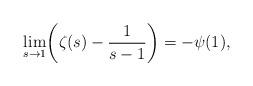
LaTeX: \begin{align*}\lim_{s\rightarrow 1}\biggl(\zeta(s)- \frac{1}{s-1}\biggr)=-\psi(1),\end{align*}